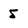
Character: 5